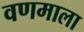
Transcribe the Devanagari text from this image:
वणमाला